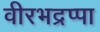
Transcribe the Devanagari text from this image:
वीरभद्रप्पा